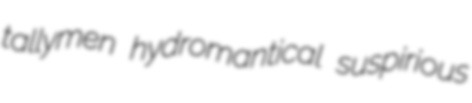
tallymen hydromantical suspirious